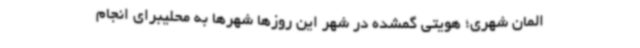
المان شهری؛ هویتی گمشده در شهر این روزها شهرها به محلیبرای انجام